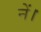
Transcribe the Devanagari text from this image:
नें।